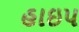
હાઇપ